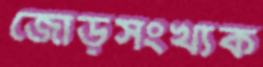
জোড়সংখ্যক